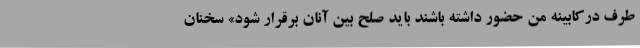
طرف درکابینه من حضور داشته باشند باید صلح بین آنان برقرار شود» سخنان